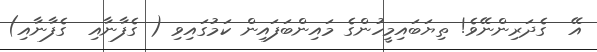
އޭ  ގެދަރިންނޭވެ! ތިޔަބައިމީހުންގެ މައިންބަފައިން ކަމުގައިވި ( ގެފާނާއި  ގެފާނާއި)